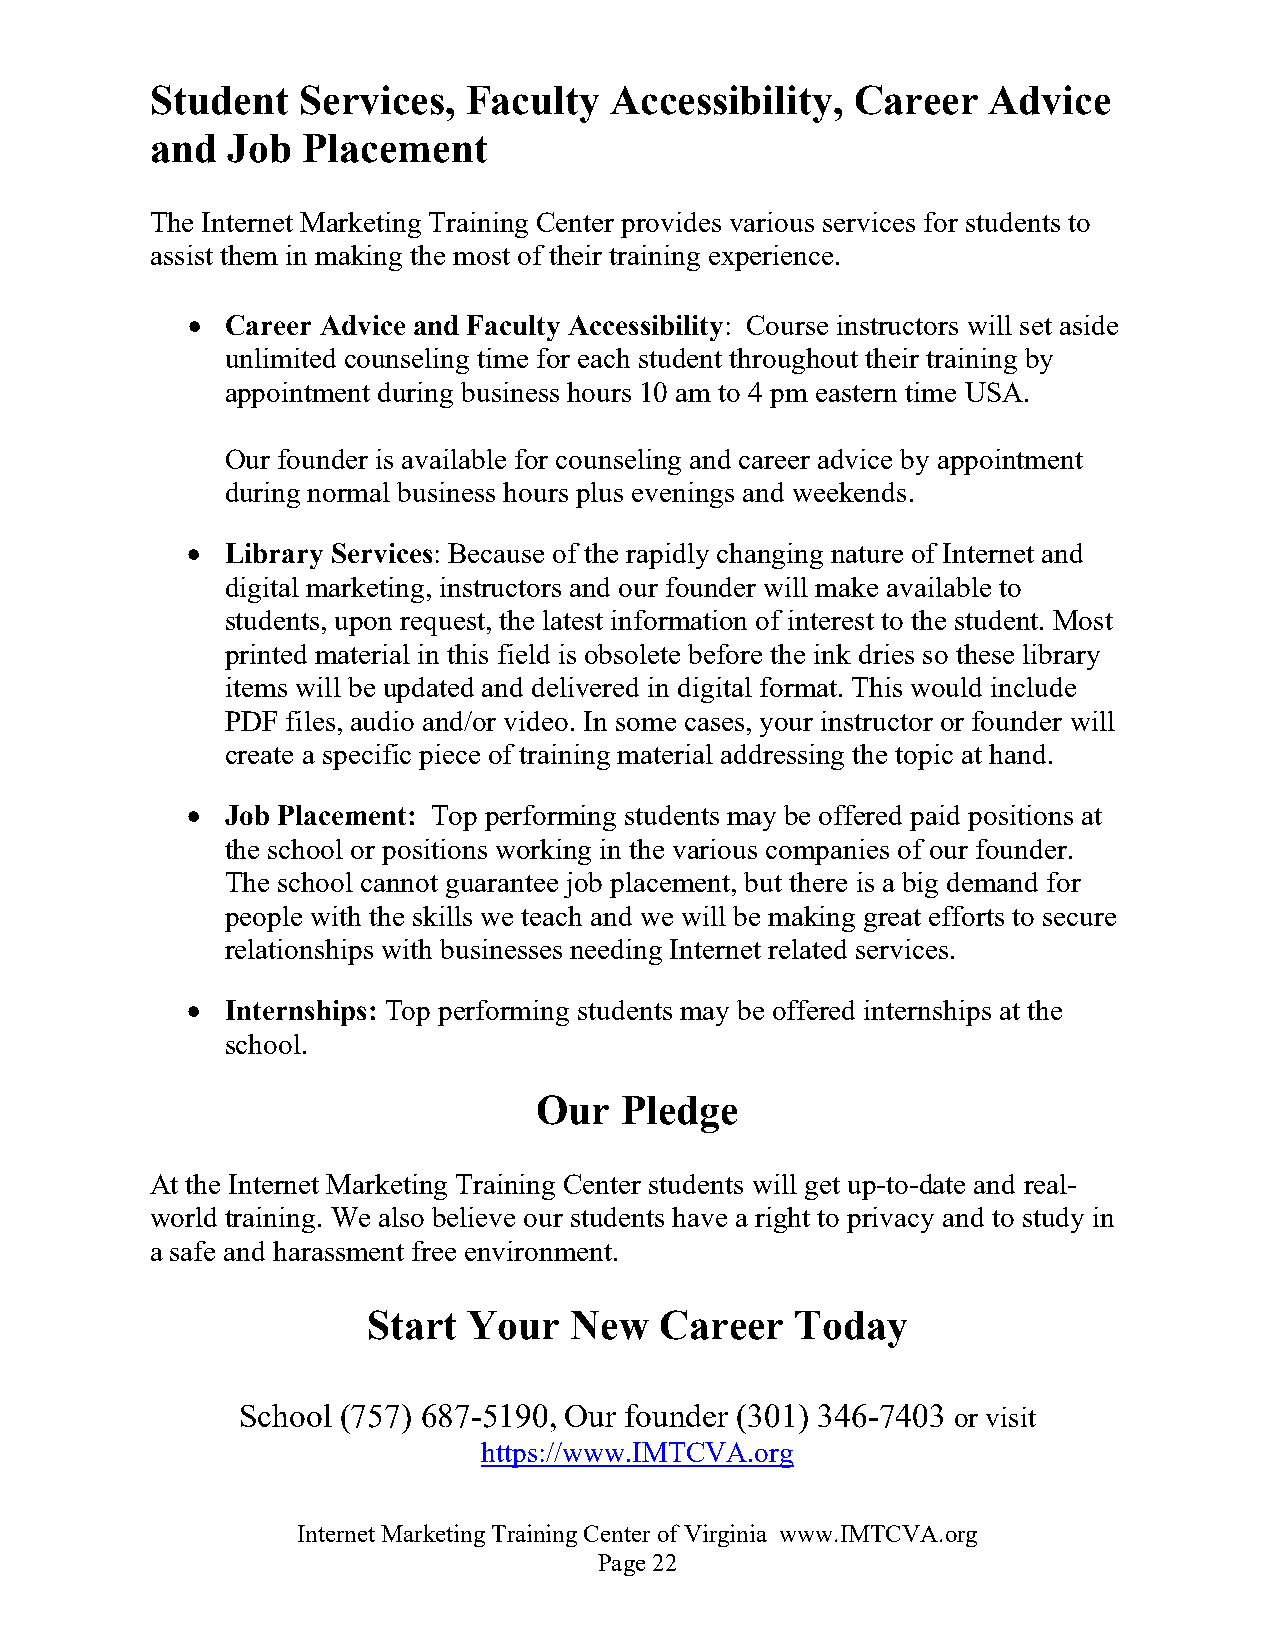
Student   Services,  Faculty  Accessibility,   Career  Advice
 and  Job  Placement
 The Internet Marketing Training Center provides various services for students to
 assist them in making the most of their training experience.
 •  Career Advice and Faculty Accessibility: Course instructors will set aside
 unlimited counseling time for each student throughout their training by
 appointment during business hours 10 am to 4 pm eastern time USA.
 Our founder is available for counseling and career advice by appointment
 during normal business hours plus evenings and weekends.
 •  Library Services: Because of the rapidly changing nature of Internet and
 digital marketing, instructors and our founder will make available to
 students, upon request, the latest information of interest to the student. Most
 printed material in this field is obsolete before the ink dries so these library
 items will be updated and delivered in digital format. This would include
 PDF files, audio and/or video. In some cases, your instructor or founder will
 create a specific piece of training material addressing the topic at hand.
 •  Job Placement: Top performing students may be offered paid positions at
 the school or positions working in the various companies of our founder.
 The school cannot guarantee job placement, but there is a big demand for
 people with the skills we teach and we will be making great efforts to secure
 relationships with businesses needing Internet related services.
 •  Internships: Top performing students may be offered internships at the
 school.
 Our  Pledge
 At the Internet Marketing Training Center students will get up-to-date and real-
 world training. We also believe our students have a right to privacy and to study in
 a safe and harassment free environment.
 Start  Your   New   Career   Today
 School (757) 687-5190, Our founder (301) 346-7403 or visit
 https://www.IMTCVA.org
 Internet Marketing Training Center of Virginia www.IMTCVA.org
 Page 22